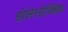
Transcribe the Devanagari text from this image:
होलेसोव्हिक